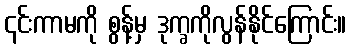
၎င်းကာမကို စွန့်မှ ဒုက္ခကိုလွန်နိုင်ကြောင်း။